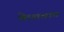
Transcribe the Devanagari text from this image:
केशवाय